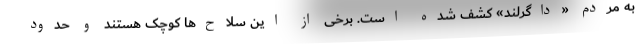
به مردم «داگرلند» کشف شده است. برخی از این سلاح‌ها کوچک هستند و حدود